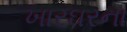
ખારઘરના